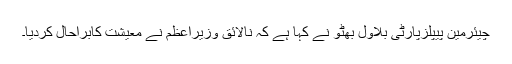
چیئرمین پیپلزپارٹی بلاول بھٹو نے کہا ہے کہ نالائق وزیراعظم نے معیشت کابراحال کردیا۔